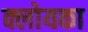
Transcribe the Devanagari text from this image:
क्लोयका